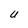
Character: U